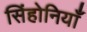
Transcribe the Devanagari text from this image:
सिंहोनियाँ